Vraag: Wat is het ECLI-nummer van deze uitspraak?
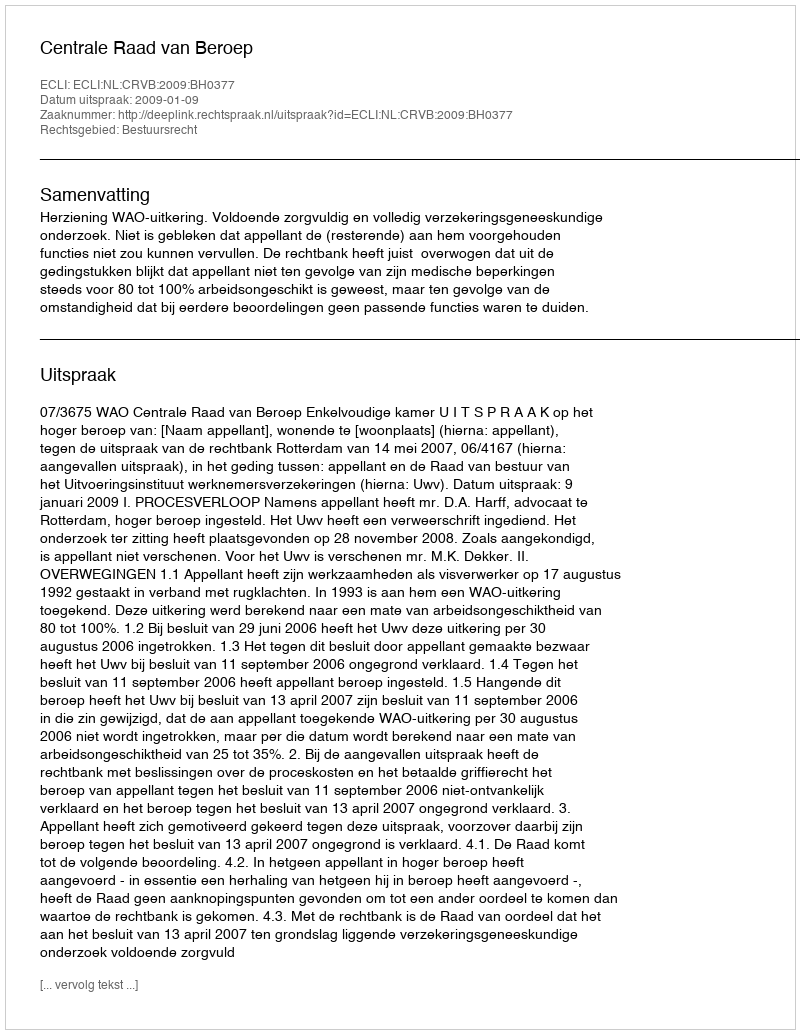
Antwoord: ECLI:NL:CRVB:2009:BH0377